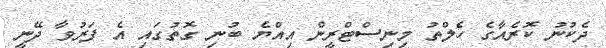
ދެކުނު ކޮރެއާގެ ހެލްތު މިނިސްޓްރީން އިއްޔެ ބުނި ގޮތުގައި އެ ފަރުވާ ދޭނީ